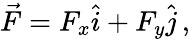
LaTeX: \begin{array}{r}{\vec{F}=F_{x}\hat{i}+F_{y}\hat{j}\, ,}\end{array}